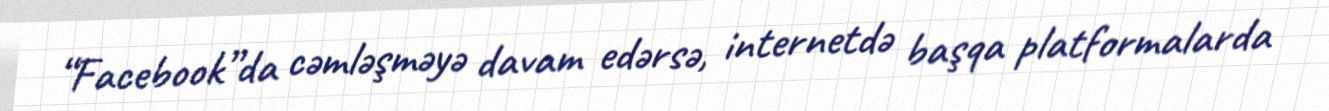
“Facebook”da cəmləşməyə davam edərsə, internetdə başqa platformalarda